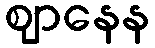
ဈာနေန